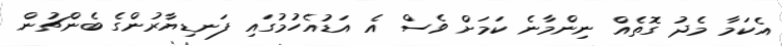
އެކަމާ މެދު ގޮތެއް ނިންމާނެ ކަމަށް ވެސް އެ އަޑުއެހުމުގައި ފަނޑިޔާރުންގެ ބެންޗުން